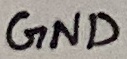
Text: GND